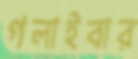
গলাইবার